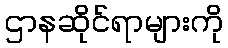
ဌာနဆိုင်ရာများကို